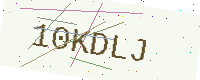
Text: 10KDLJ